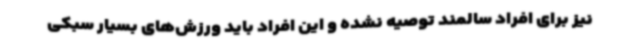
نیز برای افراد سالمند توصیه نشده و این افراد باید ورزش‌های بسیار سبکی